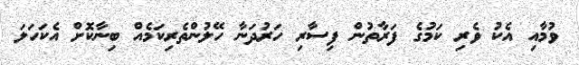
ވުމާއި އެކު ވެރި ކަމުގެ ފަރާތުން ފިސާރި ހަރުދަނާ ހޭލުންތެރިކަމެއް ބިނާކޮށް އެކަހަލަ